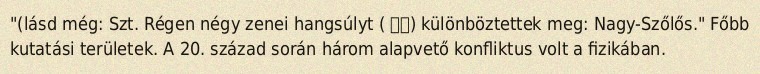
"(lásd még: Szt. Régen négy zenei hangsúlyt ( 聲調) különböztettek meg: Nagy-Szőlős." Főbb kutatási területek. A 20. század során három alapvető konfliktus volt a fizikában.